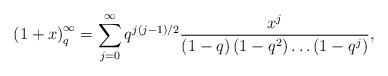
LaTeX: \begin{align*}\left( {1 + x} \right)_q^\infty = \sum\limits_{j = 0}^\infty {q^{j\left( {j - 1} \right)/2} \frac{{x^j }}{{\left( {1 - q}\right)\left( {1 - q^2 } \right) \ldots \left( {1 - q^j }\right)}} },\end{align*}